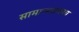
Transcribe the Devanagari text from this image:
सामान्यांतल्या